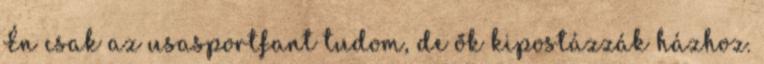
Én csak az usasportfant tudom, de ők kipostázzák házhoz.